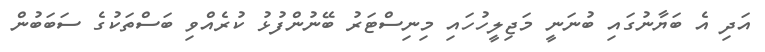
އަދި އެ ބަޔާނުގައި ބުނަނީ މަޖިލީހުހައި މިިނިސްޓަރު ބޭނުންފުޅު ކުރެއްވި ބަސްތަކުގެ ސަބަބުން